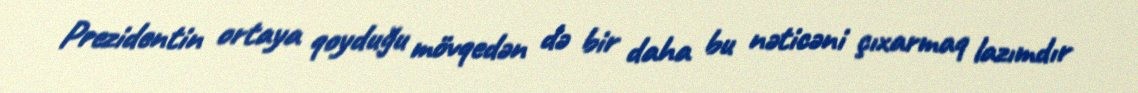
Prezidentin ortaya qoyduğu mövqedən də bir daha bu nəticəni çıxarmaq lazımdır